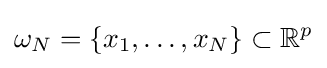
\omega _{N}=\{x_{1},\ldots ,x_{N}\}\subset \mathbb {R} ^{p}